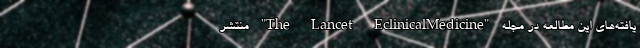
یافته‌های این مطالعه در مجله "The Lancet EclinicalMedicine" منتشر